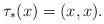
LaTeX: \begin{align*}\tau_* (x) = (x,x).\end{align*}